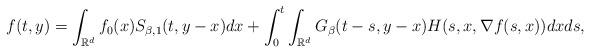
LaTeX: \begin{align*}f(t,y)=\int_{\mathbb{R}^{d}}f_{0}(x)S_{\beta, 1}(t,y-x)dx + \int_{0}^{t} \int_{\mathbb{R}^{d}}G_{\beta}(t-s, y-x)H(s,x, \nabla f(s,x))dx ds,\end{align*}